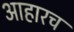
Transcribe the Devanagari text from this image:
आहारच